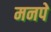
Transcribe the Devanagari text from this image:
मनपे